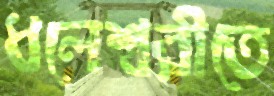
ধলেশ্বরীতে